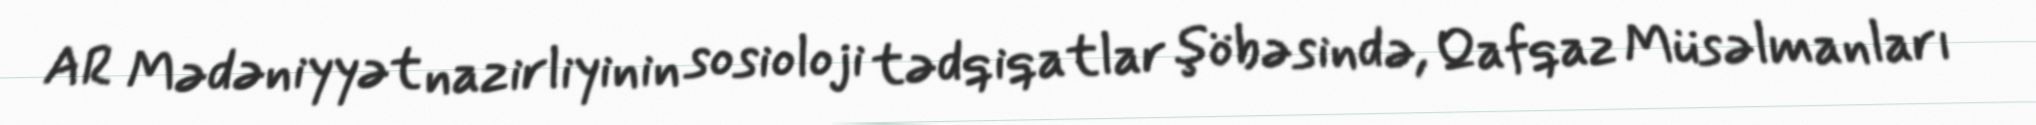
AR Mədəniyyət nazirliyinin sosioloji tədqiqatlar şöbəsində, Qafqaz Müsəlmanları